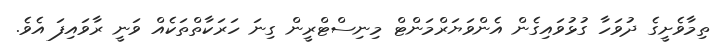
ތިމާވެށީގެ ދުވަހާ ގުޅުވައިގެން އެންވަޔަރްމަންޓް މިނިސްޓްރީން ގިނަ ހަރަކާތްތަކެއް ވަނީ ރާވައިފަ އެވެ.